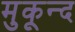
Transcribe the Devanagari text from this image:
मुकून्द